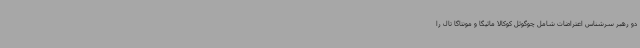
دو رهبر سرشناس اعتراضات شامل چوگوئل کوکالا مائیگا و مونتاگا تال را